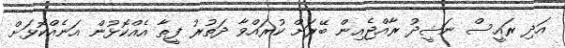
އަދި ރައީސް ނަޝީދު ރާއްޖެއިން ބޭރަށް ކުރައްވާ ދަތުރު ފީތާ އެއްކޮޅުން އަނެއްކޮޅަށް